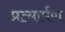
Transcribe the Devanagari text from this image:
प्रत्‍यार्पण